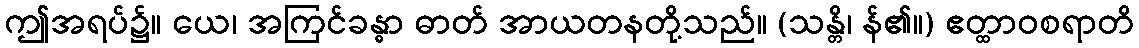
ဤအရပ်၌။ ယေ၊ အကြင်ခန္ဓာ ဓာတ် အာယတနတို့သည်။ (သန္တိ၊ န်၏။) ဧတ္ထာဝစရာတိ